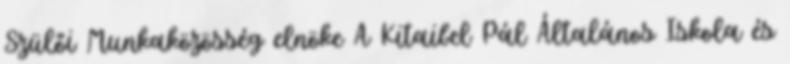
Szülői Munkaközösség elnöke A Kitaibel Pál Általános Iskola és